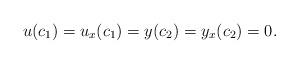
LaTeX: \begin{align*}u(c_1)=u_x(c_1)=y(c_2)=y_x(c_2)=0.\end{align*}